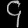
Digit: ၄